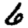
Digit: 6